Report of an investigation in regard to the prevalence of stegomyia and other mosquitoes in Karachi, and the measures necessary for their control
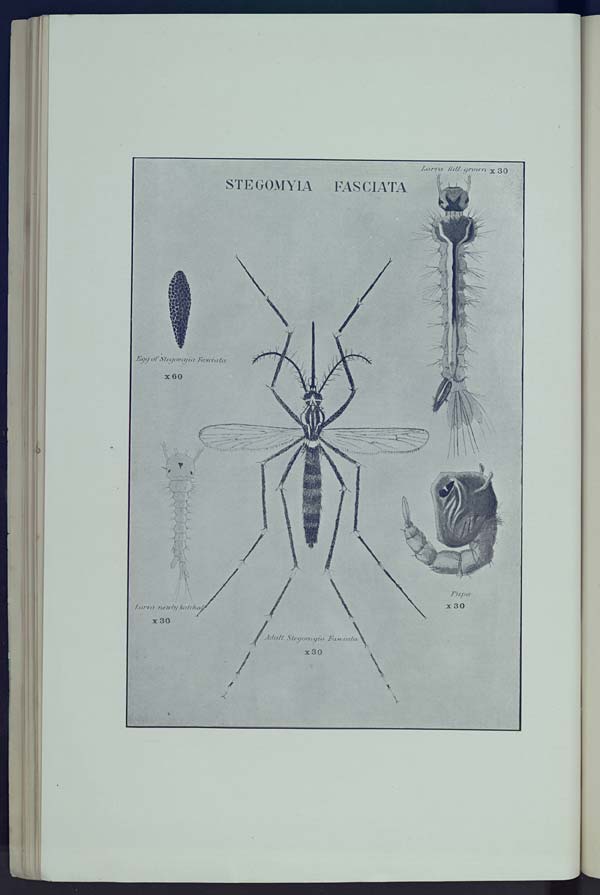
STEGOMYIA
FASCIATA